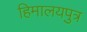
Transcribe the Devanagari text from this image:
हिमालयपुत्र